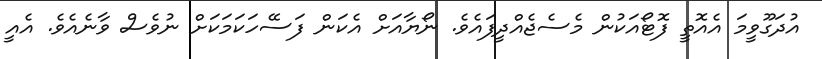
އުދަގޫވީމަ އެއޮތީ ފޮޓޯއަކުން މެސެޖެއްދީފައެވެ. ނޯޔާއަށް އެކަން ފަސޭހަކަމަކަށް ނުވެސް ވާނެއެވެ. އެއީ